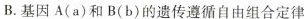
B.基因A(a)和B(b)的遗传遵循自由组合定律